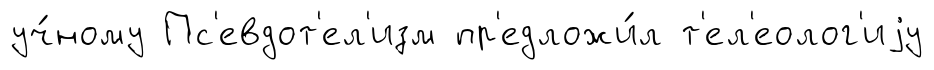
уч́ному Пс'евдот'ел'изм пр'едложи́л т'ел'еолог'иjу